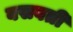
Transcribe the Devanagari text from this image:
बसवती